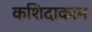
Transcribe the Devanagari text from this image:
कशिदाकाम